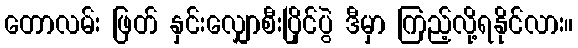
တောလမ်း ဖြတ် နှင်းလျှောစီးပြိုင်ပွဲ ဒီမှာ ကြည့်လို့ရနိုင်လား။